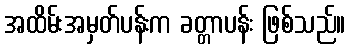
အထိမ်းအမှတ်ပန်းက ခတ္တာပန်း ဖြစ်သည်။